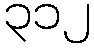
၃၁၂